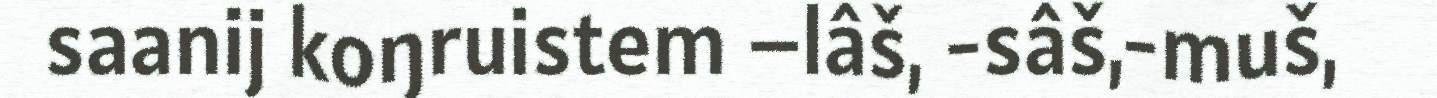
saanij koŋruistem –lâš, -sâš,-muš,